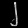
Digit: ၂